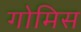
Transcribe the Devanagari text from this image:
गोमिस